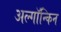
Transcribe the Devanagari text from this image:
अल्गॉन्किन